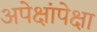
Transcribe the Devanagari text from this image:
अपेक्षांपेक्षा